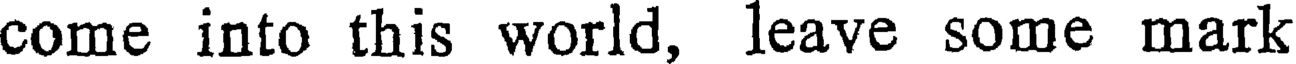
come into this world, leave some mark